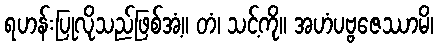
ရဟန်းပြုလိုသည်ဖြစ်အံ့။ တံ၊ သင့်ကို။ အဟံပဗ္ဗဇေဿာမိ၊